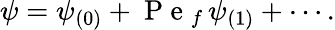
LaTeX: \psi=\psi_{(0)}+\mathrm{~P~e~}_{f}\, \psi_{(1)}+\cdots.